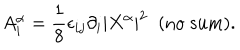
A _ { i } ^ { \alpha } = \frac { 1 } { 8 } \epsilon _ { i j } \partial _ { i } | X ^ { \alpha } | ^ { 2 } \; \; \mathrm { ( n o \; s u m ) } .